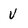
Character: V